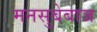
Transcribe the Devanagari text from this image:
मनसुबेबाज